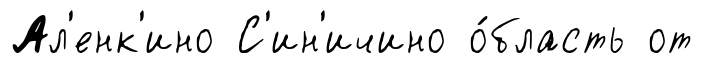
Ал'енк'ино С'ин'ичино о́бласть от